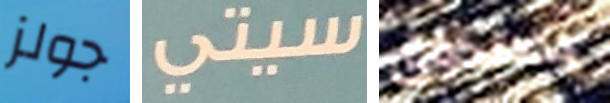
جولز سيتي بصندوق